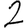
Digit: 2